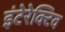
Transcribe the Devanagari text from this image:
इंटेरेक्टिव